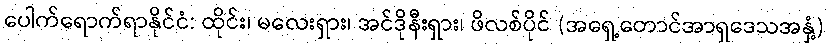
ပေါက်ရောက်ရာနိုင်ငံ: ထိုင်း၊ မလေးရှား၊ အင်ဒိုနီးရှား၊ ဖိလစ်ပိုင် (အရှေ့တောင်အာရှဒေသအနှံ့)